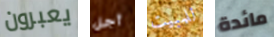
يعبرون أجل للمبيت مائدة